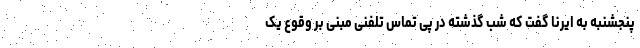
پنجشنبه به ایرنا گفت که شب گذشته در پی تماس تلفنی مبنی بر وقوع یک